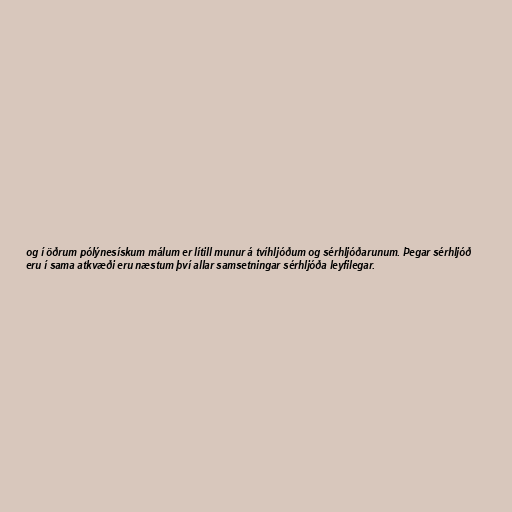
og í öðrum pólýnesískum málum er lítill munur á tvíhljóðum og sérhljóðarunum. Þegar sérhljóð
eru í sama atkvæði eru næstum því allar samsetningar sérhljóða leyfilegar.